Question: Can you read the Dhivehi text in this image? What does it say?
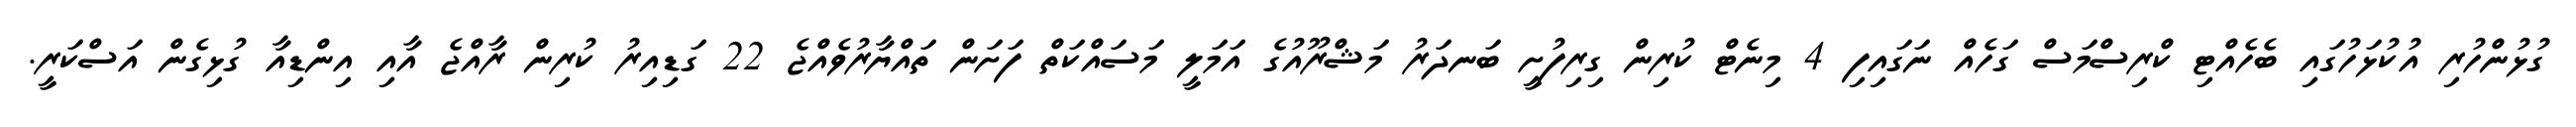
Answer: ގުޅުންހުރި އުކުޅަހުގައި ބެހެއްޓި ކްރިސްމަސް ގަހެއް ނަގައިފި 4 މިނެޓް ކުރިން ގިރިފުށީ ބަނދަރު މަޝްރޫއުގެ އަމަލީ މަސައްކަތް ފަށަން ތައްޔާރުވެއްޖެ 22 ގަޑިއިރު ކުރިން ރާއްޖެ އާއި އިންޑިއާ ގުޅިގެން އަސްކަރީ.